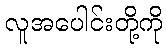
လူအပေါင်းတို့ကို